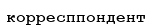
корресппондент